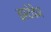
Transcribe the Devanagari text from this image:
इस्टेवेज